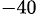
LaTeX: ^{-40}